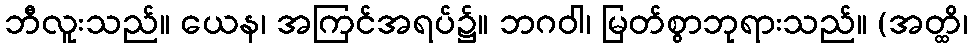
ဘီလူးသည်။ ယေန၊ အကြင်အရပ်၌။ ဘဂဝါ၊ မြတ်စွာဘုရားသည်။ (အတ္ထိ၊